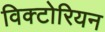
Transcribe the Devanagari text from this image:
विक्‍टोरियन